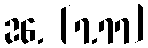
26. [7.77]